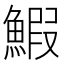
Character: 鰕